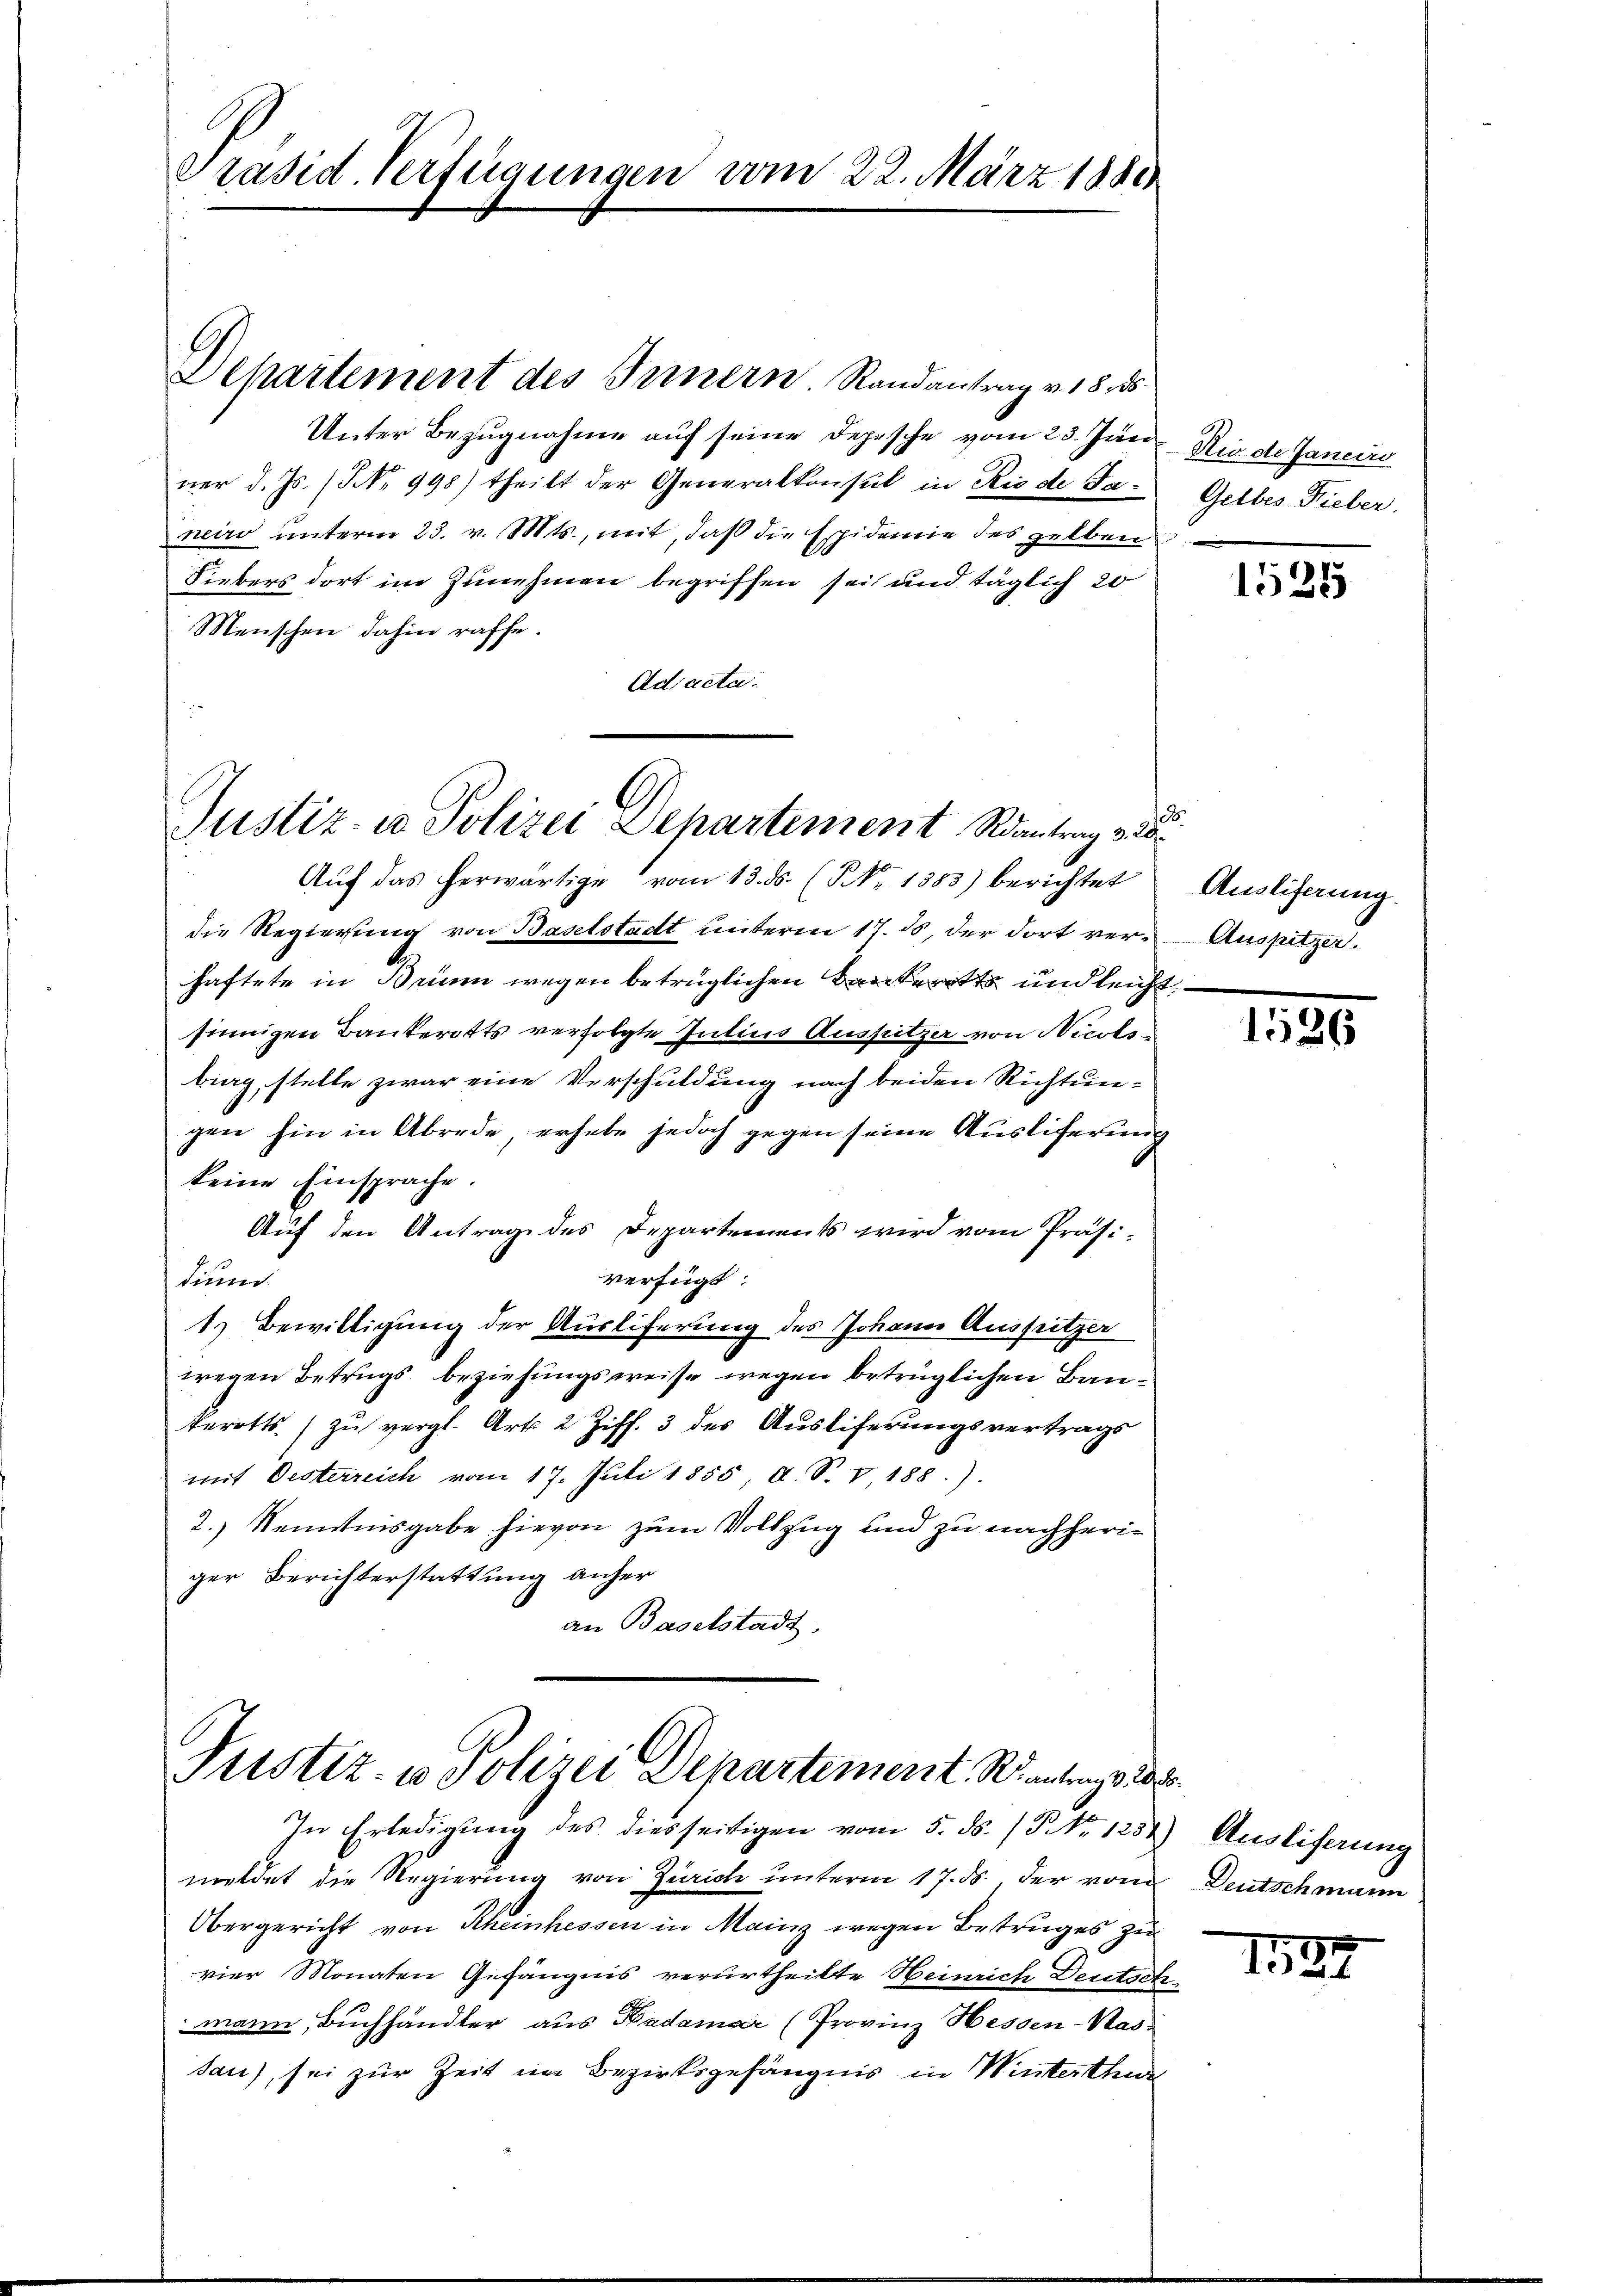
Präsid. Verfügungen vom 22. März 1880

Departement des Innern. Randantrag v. 18 des
Unter Bezugnahme auf seine Depesche vom 23. Jän
ner d. Js. (NNo. 998) theilt der Generalkonsul in Rio de Faneiro unterm 23. v. Mts., mit, daß die Espidemie des selben
Liebers dort im Zunehmen begriffen sei, und täglich 20
Menschen dahin raffe.
Adjacta

Justiz- u Polizei Departement Rantrag v. 20.

Aŭf das herwärtige vom 13. ds. (NNo. 1383) berichtet
die Regierung von Baselstadt unterm 17. ds, der dort verhaftete in Brin wegen betrüglichen Bankerts und leich
sinnigen Bankerotts verfolgte Julius Aussitzer von Nicols
big, stelle zwar eine Verschuldung nach beiden Richtungen hin in Abrede erhabe jedoch gegen seine Ausliferung
keine Einsprache.
Auf den Antrag des Departements wird vom Präsi-
verfügt:
dium.
1.) Bewilligung der Ausliferung des Johann Auspritzer
wegen Betrugs beziehungsweise wegen betrüglichen Bauterotts zu vergl. Art. 2 Ziff. 3 des Ausliferungsvertrags
mit Oesterreich vom 17. Juli 1855 d. S. V, 188).
2.) Kenntnisgabe hievon zum Vollzug und zu nachheriger Berichterstattung anher
an Baselstadt.

Justiz- u Polizei Departement. Rantrags d

Nio de Janeiro
Gelbes Rieber.

In Erledigung des diesseitigen vom 5. ds. (T. No. 1237) Ausliferung
meldet die Regierung von Zürich unterm 17. ds., der vom Deutschmann
Obergericht von Rheinhessen in Mainz wegen Betruges zu
vier Monaten Gefängnis verurtheilte Heinrich Deutschmann, Buchhändler aus Badamar (Provinz Hessen-Kas
sau), sei zur Zeit im Bezirksgefängnis in Winterthur

1525

t
s
Auslieferung.
Auspitzer.
.

1536

b.

1527